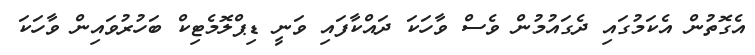
އެގޮތުން އެކަމުގައި ދެގައުމުން ވެސް ވާހަކަ ދައްކާފައި ވަނީ ޑިޕްލޮމެޓިކް ބަހުރުވައިން ވާހަކަ